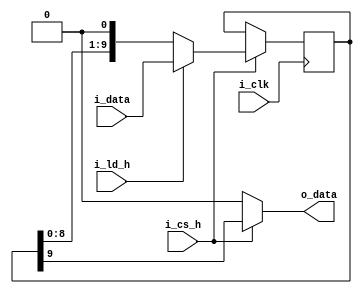
//-----------------------------------------------------------------------------
	// shift register
	// 10 bit - t.k. 2 bita zazor mehdu simvolami(font 8x16) inache simvoli skleivautsa
//-----------------------------------------------------------------------------
module vga_shift_reg_10bit
(
    input wire i_clk,
	input wire i_cs_h,         // chip select
	input wire [9:0] i_data,   // Vhodnie danie
	input wire i_ld_h,         // load data to shift reg
	output wire o_data         // output date
);
reg [9:0] shreg_d = 0;

always @(posedge i_clk)
begin
    if (i_cs_h) begin
		if (i_ld_h) begin
			shreg_d <= i_data;
		end else begin
			shreg_d[9:0] <= {shreg_d[8:0], 1'b0};
		end
	end
end

assign o_data = i_cs_h == 1 ? shreg_d[9] : 1'b0;

endmodule